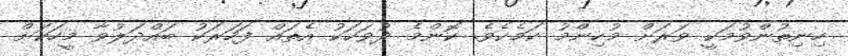
ހިނިތުންވުމަކީ ވަރަށް މުހިންމު ކަމެކެވެ. ކޮންމެ ދުވަހަކު އެތައް ފަހަރަކު ބައްދަލުވާ މީހަކަށް